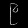
Digit: ၉